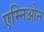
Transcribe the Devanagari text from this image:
एम्निओन